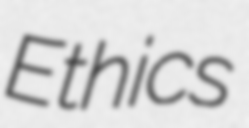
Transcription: Ethics